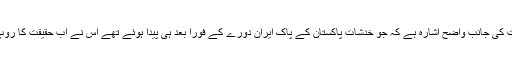
یہ خبر اس بات کی جانب واضح اشارہ ہے کہ جو خدشات پاکستان کے پاک ایران دورے کے فوراً بعد ہی پیدا ہوئے تھے اس نے اب حقیقت کا روپ دھار لیا ہے۔